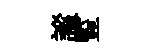
謐䜿